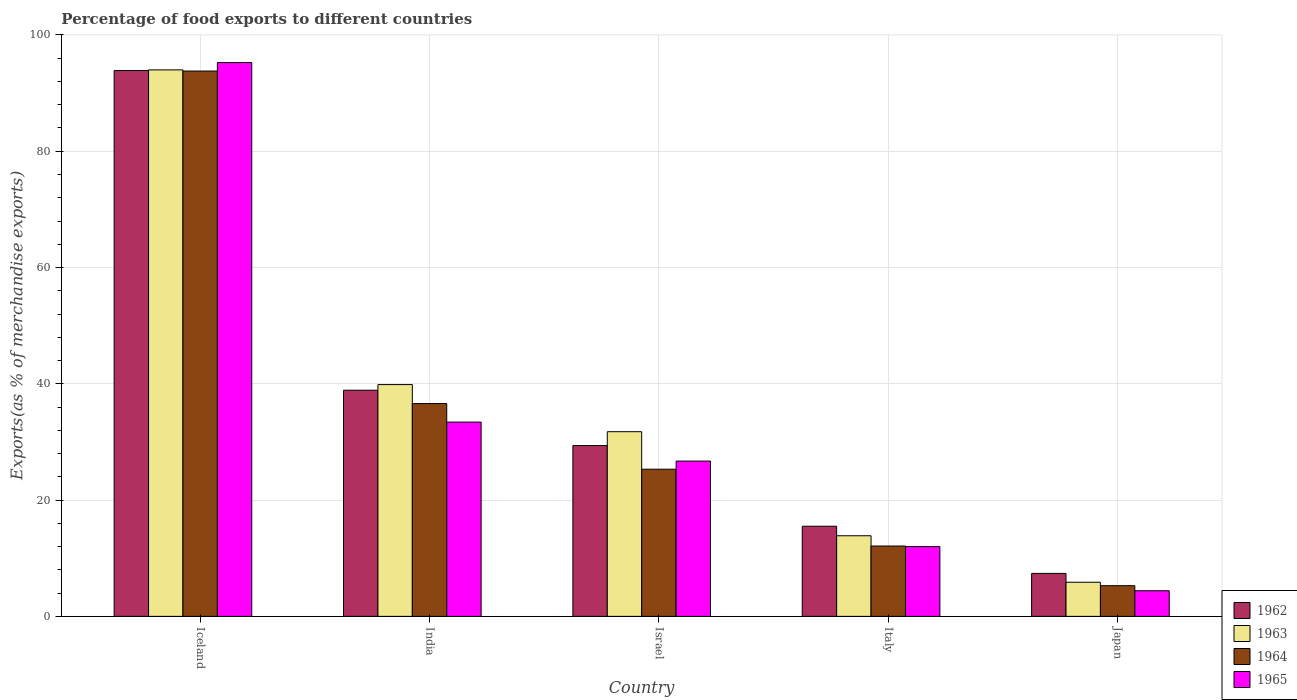
| Country | 1962 | 1963 | 1964 | 1965 |
 | --- | --- | --- | --- | --- |
 | Iceland | 93.9 | 94 | 93.8 | 95.3 |
 | India | 38.9 | 39.9 | 36.6 | 33.4 |
 | Israel | 29.4 | 31.8 | 25.3 | 26.7 |
 | Italy | 15.5 | 13.9 | 12.1 | 12 |
 | Japan | 7.39 | 5.87 | 5.28 | 4.41 |